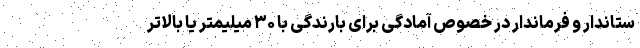
ستاندار و فرماندار در خصوص آمادگی برای بارندگی با ۳۰ میلیمتر یا بالاتر